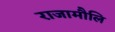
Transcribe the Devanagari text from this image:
राजामौलि